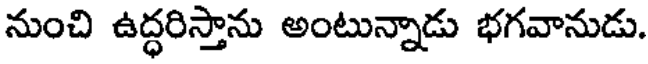
నుంచి ఉద్ధరిస్తాను అంటున్నాడు భగవానుడు.